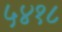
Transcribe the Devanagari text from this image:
५४१८